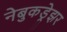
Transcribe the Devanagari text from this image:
नेबुकड्रेझर